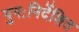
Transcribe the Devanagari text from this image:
पुनःनिर्देशित